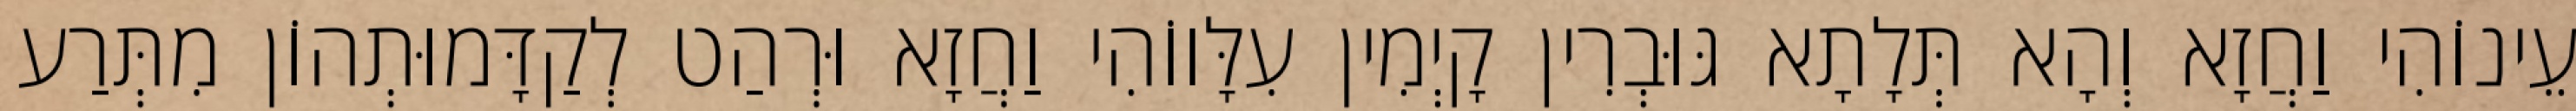
עֵינוֹהִי וַחֲזָא וְהָא תְּלָתָא גּוּבְרִין קָיְמִין עִלָּווֹהִי וַחֲזָא וּרְהַט לְקַדָּמוּתְהוֹן מִתְּרַע